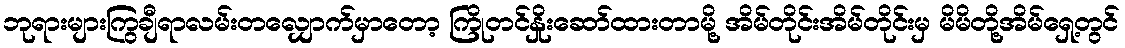
ဘုရားများကြွချီရာလမ်းတလျှောက်မှာတော့ ကြိုတင်နှိုးဆော်ထားတာမို့ အိမ်တိုင်းအိမ်တိုင်းမှ မိမိတို့အိမ်ရှေ့တွင်